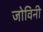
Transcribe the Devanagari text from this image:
जोविनी